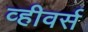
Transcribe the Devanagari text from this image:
व्हीवर्स